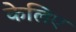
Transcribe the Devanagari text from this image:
केलिए